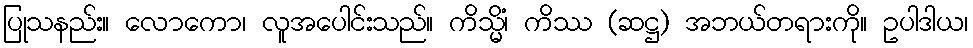
ပြုသနည်း။ လောကော၊ လူအပေါင်းသည်။ ကိသ္မိံ၊ ကိဿ (ဆဋ္ဌ) အဘယ်တရားကို။ ဥပါဒါယ၊